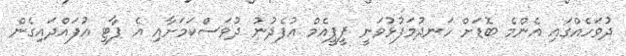
ދުވަހެއްގައި އެންމެ ބޮޑަށް ހަނދުމަފުޅުވަނީ ޕީޕީއެމް އުފެދުނު ދުވަސްކަމަށާއި އެ ޕާޓީ އުފައްދައިގެން